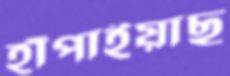
হাঁপাইয়াছ